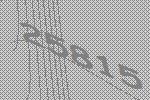
25815